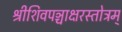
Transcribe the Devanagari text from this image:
श्रीशिवपञ्चाक्षरस्तोत्रम्